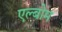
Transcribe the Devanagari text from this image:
एल्बोम